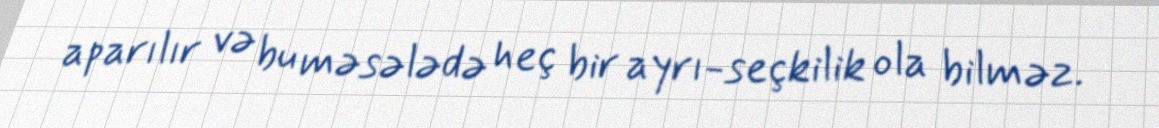
aparılır və bu məsələdə heç bir ayrı-seçkilik ola bilməz.